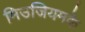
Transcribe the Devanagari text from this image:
मिउजियमके